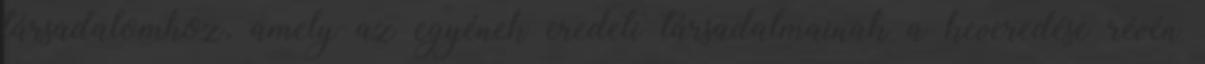
társadalomhoz, amely az egyének eredeti társadalmainak a keveredése révén